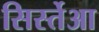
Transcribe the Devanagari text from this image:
सिर्स्तेआ